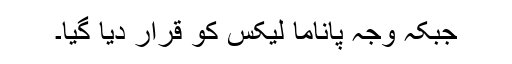
جبکہ وجہ پاناما لیکس کو قرار دیا گیا۔